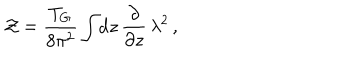
{ \cal Z } = \frac { T _ { G } } { 8 \pi ^ { 2 } } \int \! \mathrm { d } z \, \frac { \partial } { \partial z } \, \lambda ^ { 2 } \, ,